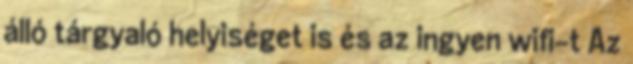
álló tárgyaló helyiséget is és az ingyen wifi-t Az